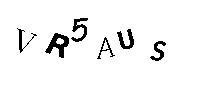
VR5AUS